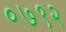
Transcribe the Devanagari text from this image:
०७९२